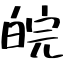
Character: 皖